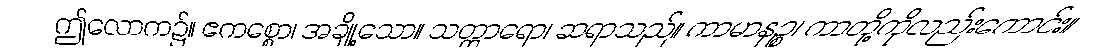
ဤလောက၌။ ဧကစ္စော၊ အချို့သော။ သတ္ထာရော၊ ဆရာသည်။ ကာမာနဉ္စ၊ ကာတို့ကိုလည်းကောင်း။